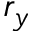
r _ { y }